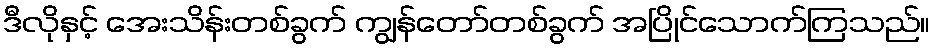
ဒီလိုနှင့် အေးသိန်းတစ်ခွက် ကျွန်တော်တစ်ခွက် အပြိုင်သောက်ကြသည်။